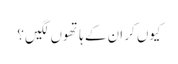
کیوں کر ان کے ہاتھوں لگیں ؟